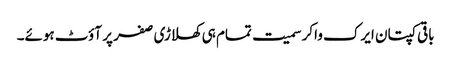
باقی کپتان ایرک واکر سمیت تمام ہی کھلاڑی صفر پر آؤٹ ہوئے۔